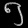
Digit: ၅